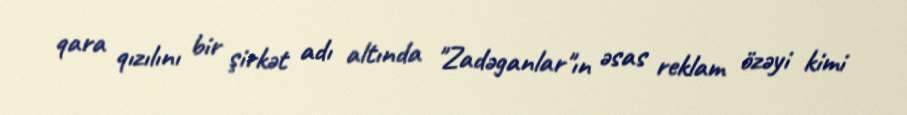
qara qızılını bir şirkət adı altında "Zadəganlar"ın əsas reklam özəyi kimi